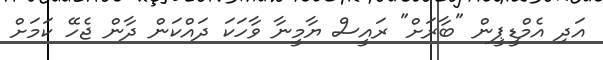
އަދި އެމްޑީޕީން "ބާރަށް" ރައީސް ޔާމީނާ ވާހަކަ ދައްކަން ދާން ޖެހޭ ކަމަށް